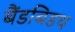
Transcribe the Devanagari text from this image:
बैंडबिडथ